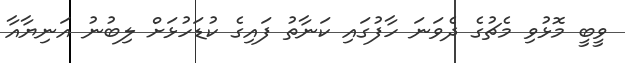
ވީބީ މޮޅުވި މެޗުގެ ދެވަނަ ހާފުގައި ކަނާތު ފައިގެ ކުޑަހުޅަށް ލިބުނު އަނިޔާއާ